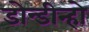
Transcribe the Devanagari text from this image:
डोन्डीन्हो